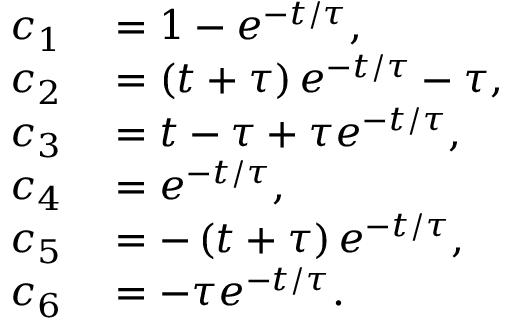
\begin{array} { r l } { c _ { 1 } } & { { } = 1 - e ^ { - t / \tau } , } \\ { c _ { 2 } } & { { } = \left( t + \tau \right) e ^ { - t / \tau } - \tau , } \\ { c _ { 3 } } & { { } = t - \tau + \tau e ^ { - t / \tau } , } \\ { c _ { 4 } } & { { } = e ^ { - t / \tau } , } \\ { c _ { 5 } } & { { } = - \left( t + \tau \right) e ^ { - t / \tau } , } \\ { c _ { 6 } } & { { } = - \tau e ^ { - t / \tau } . } \end{array}